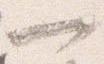
一